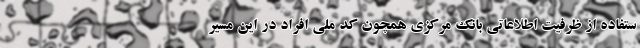
ستفاده از ظرفیت اطلاعاتی بانک مرکزی همچون کد ملی افراد در این مسیر